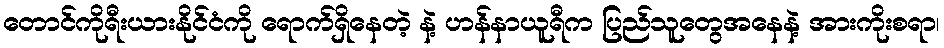
တောင်ကိုရီးယားနိုင်ငံကို ရောက်ရှိနေတဲ့ နဲ့ ဟန်နာယူရီက ပြည်သူတွေအနေနဲ့ အားကိုးစရာ၊